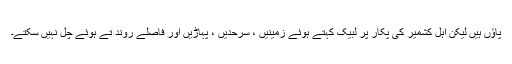
پاؤں ہیں لیکن اہل کشمیر کی پکار پر لبیک کہتے ہوئے زمینیں ، سرحدیں ، پہاڑیں اور فاصلے روند تے ہوئے چل نہیں سکتے۔